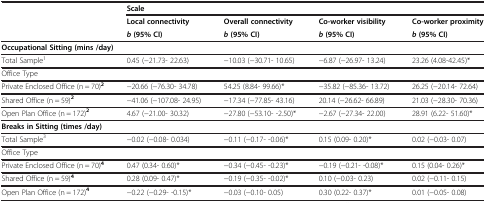
<table><thead><tr><td><b> </b></td><td colspan="4"><b>Scale</b></td></tr><tr><td><b> </b></td><td><b>Local connectivity</b></td><td><b>Overall connectivity</b></td><td><b>Co-worker visibility</b></td><td><b>Co-worker proximity</b></td></tr><tr><td><b> </b></td><td><b><i>b </i>(95% CI)</b></td><td><b><i>b </i>(95% CI)</b></td><td><b><i>b </i>(95% CI)</b></td><td><b><i>b </i>(95% CI)</b></td></tr></thead><tbody><tr><td><b>Occupational Sitting (mins /day)</b></td><td> </td><td> </td><td> </td><td> </td></tr><tr><td>Total Sample<sup>1</sup></td><td>0.45 (−21.73- 22.63)</td><td>−10.03 (−30.71- 10.65)</td><td>−6.87 (−26.97- 13.24)</td><td>23.26 (4.08-42.45)*</td></tr><tr><td>Office Type</td><td> </td><td> </td><td> </td><td> </td></tr><tr><td>Private Enclosed Office (n = 70)<sup><b>2</b></sup></td><td>−20.66 (−76.30- 34.78)</td><td>54.25 (8.84- 99.66)*</td><td>−35.82 (−85.36- 13.72)</td><td>26.25 (−20.14- 72.64)</td></tr><tr><td>Shared Office (n = 59)<sup><b>2</b></sup></td><td>−41.06 (−107.08- 24.95)</td><td>−17.34 (−77.85- 43.16)</td><td>20.14 (−26.62- 66.89)</td><td>21.03 (−28.30- 70.36)</td></tr><tr><td>Open Plan Office (n = 172)<sup><b>2</b></sup></td><td>4.67 (−21.00- 30.32)</td><td>−27.80 (−53.10- -2.50)*</td><td>−2.67 (−27.34- 22.00)</td><td>28.91 (6.22- 51.60)*</td></tr><tr><td colspan="5"><b>Breaks in Sitting (times /day)</b></td></tr><tr><td>Total Sample<sup>3</sup></td><td>−0.02 (−0.08- 0.034)</td><td>−0.11 (−0.17- -0.06)*</td><td>0.15 (0.09- 0.20)*</td><td>0.02 (−0.03- 0.07)</td></tr><tr><td colspan="5">Office Type</td></tr><tr><td>Private Enclosed Office (n = 70)<sup><b>4</b></sup></td><td>0.47 (0.34- 0.60)*</td><td>−0.34 (−0.45- -0.23)*</td><td>−0.19 (−0.21- -0.08)*</td><td>0.15 (0.04- 0.26)*</td></tr><tr><td>Shared Office (n = 59)<sup><b>4</b></sup></td><td>0.28 (0.09- 0.47)*</td><td>−0.19 (−0.35- -0.02)*</td><td>0.10 (−0.03- 0.23)</td><td>0.02 (−0.11- 0.15)</td></tr><tr><td>Open Plan Office (n = 172)<sup><b>4</b></sup></td><td>−0.22 (−0.29- -0.15)*</td><td>−0.03 (−0.10- 0.05)</td><td>0.30 (0.22- 0.37)*</td><td>0.01 (−0.05- 0.08)</td></tr></tbody></table>